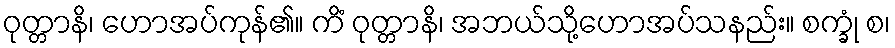
ဝုတ္တာနိ၊ ဟောအပ်ကုန်၏။ ကိံ ဝုတ္တာနိ၊ အဘယ်သို့ဟောအပ်သနည်း။ စက္ခုံ စ၊